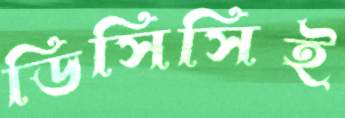
ডিসিসিই